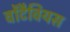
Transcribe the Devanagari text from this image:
वोंटैवियस